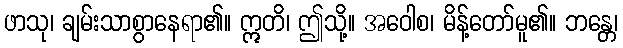
ဖာသု၊ ချမ်းသာစွာနေရာ၏။ ဣတိ၊ ဤသို့။ အဝေါစ၊ မိန့်တော်မူ၏။ ဘန္တေ၊